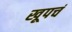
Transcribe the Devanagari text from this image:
खूपचं